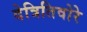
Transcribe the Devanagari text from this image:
देत्रितिवोरे